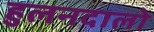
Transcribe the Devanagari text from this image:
हुलनदालो